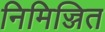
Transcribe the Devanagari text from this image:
निमिज्जित